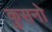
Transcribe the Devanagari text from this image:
कुसनो